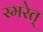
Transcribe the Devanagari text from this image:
स्मरेत्